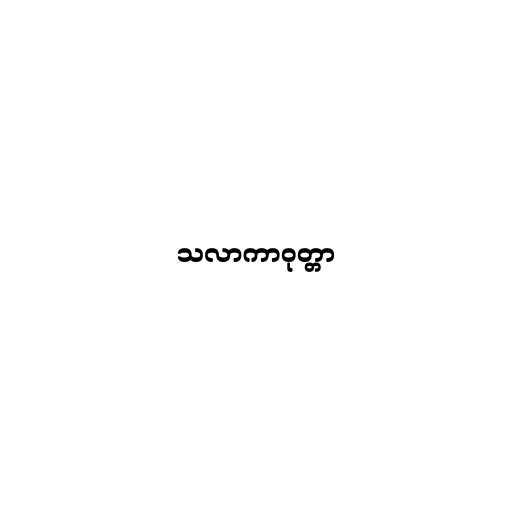
သလာကာဝုတ္တာ